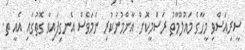
ސީރިއަސްވި މީހާގެ މައުލޫމާތު ރަސްމީކޮށް އާންމުނުކުރި ނަމަވެސް އެނގިފައިވާ ގޮތުގައި އެއީ ތ.